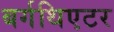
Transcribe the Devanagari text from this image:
बर्गथिएटर